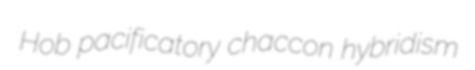
Hob pacificatory chaccon hybridism